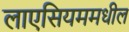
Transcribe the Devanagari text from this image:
लाएसियममधील